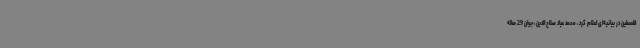
فلسطین در بیانیه‌ای اعلام کرد، محمد عیاد صلاح الدین، جوان 29 ساله